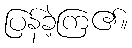
ပြန်ခဲ့ကြ၏။